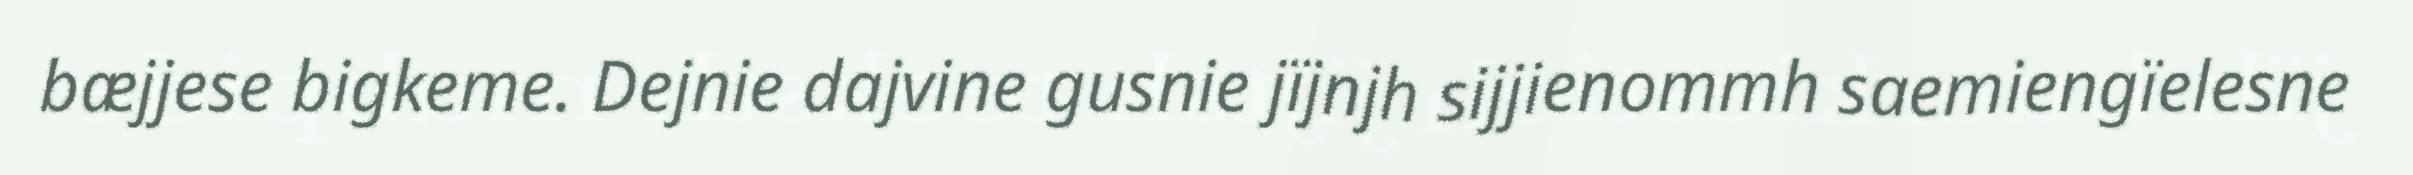
bæjjese bigkeme. Dejnie dajvine gusnie jïjnjh sijjienommh saemiengïelesne